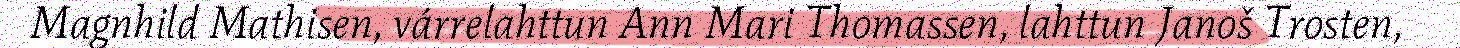
Magnhild Mathisen, várrelahttun Ann Mari Thomassen, lahttun Janoš Trosten,